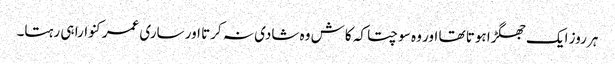
ہر روز ایک جھگڑا ہوتا تھا اور وہ سوچتا کہ کاش وہ شادی نہ کرتا اور ساری عمر کنوارا ہی رہتا۔